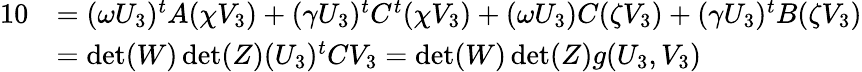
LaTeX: \begin{array}{rl}{{1}0}&{=(\omega U_{3})^{t}A(\chi V_{3})+(\gamma U_{3})^{t}C^{t}(\chi V_{3})+(\omega U_{3})C(\zeta V_{3})+(\gamma U_{3})^{t}B(\zeta V_{3})}\\ &{=\operatorname*{det}(W)\operatorname*{det}(Z)(U_{3})^{t}CV_{3}=\operatorname*{det}(W)\operatorname*{det}(Z)g(U_{3},V_{3})}\end{array}